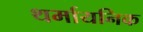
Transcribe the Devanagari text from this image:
थर्मायनिक